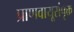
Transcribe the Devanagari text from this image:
प्राणवायूसंपृक्त